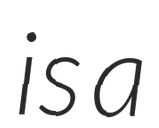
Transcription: is a